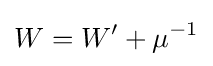
W=W'+\mu ^{-1}